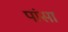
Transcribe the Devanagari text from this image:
पांसा